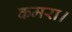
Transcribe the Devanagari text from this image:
कमरा।